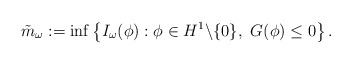
\begin{align*} \tilde{m}_\omega:= \inf \left\{I_\omega(\phi) : \phi \in H^1\backslash \{0\},\ G(\phi)\leq 0\right\}.\end{align*}